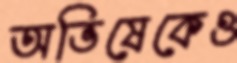
অভিষেকেও